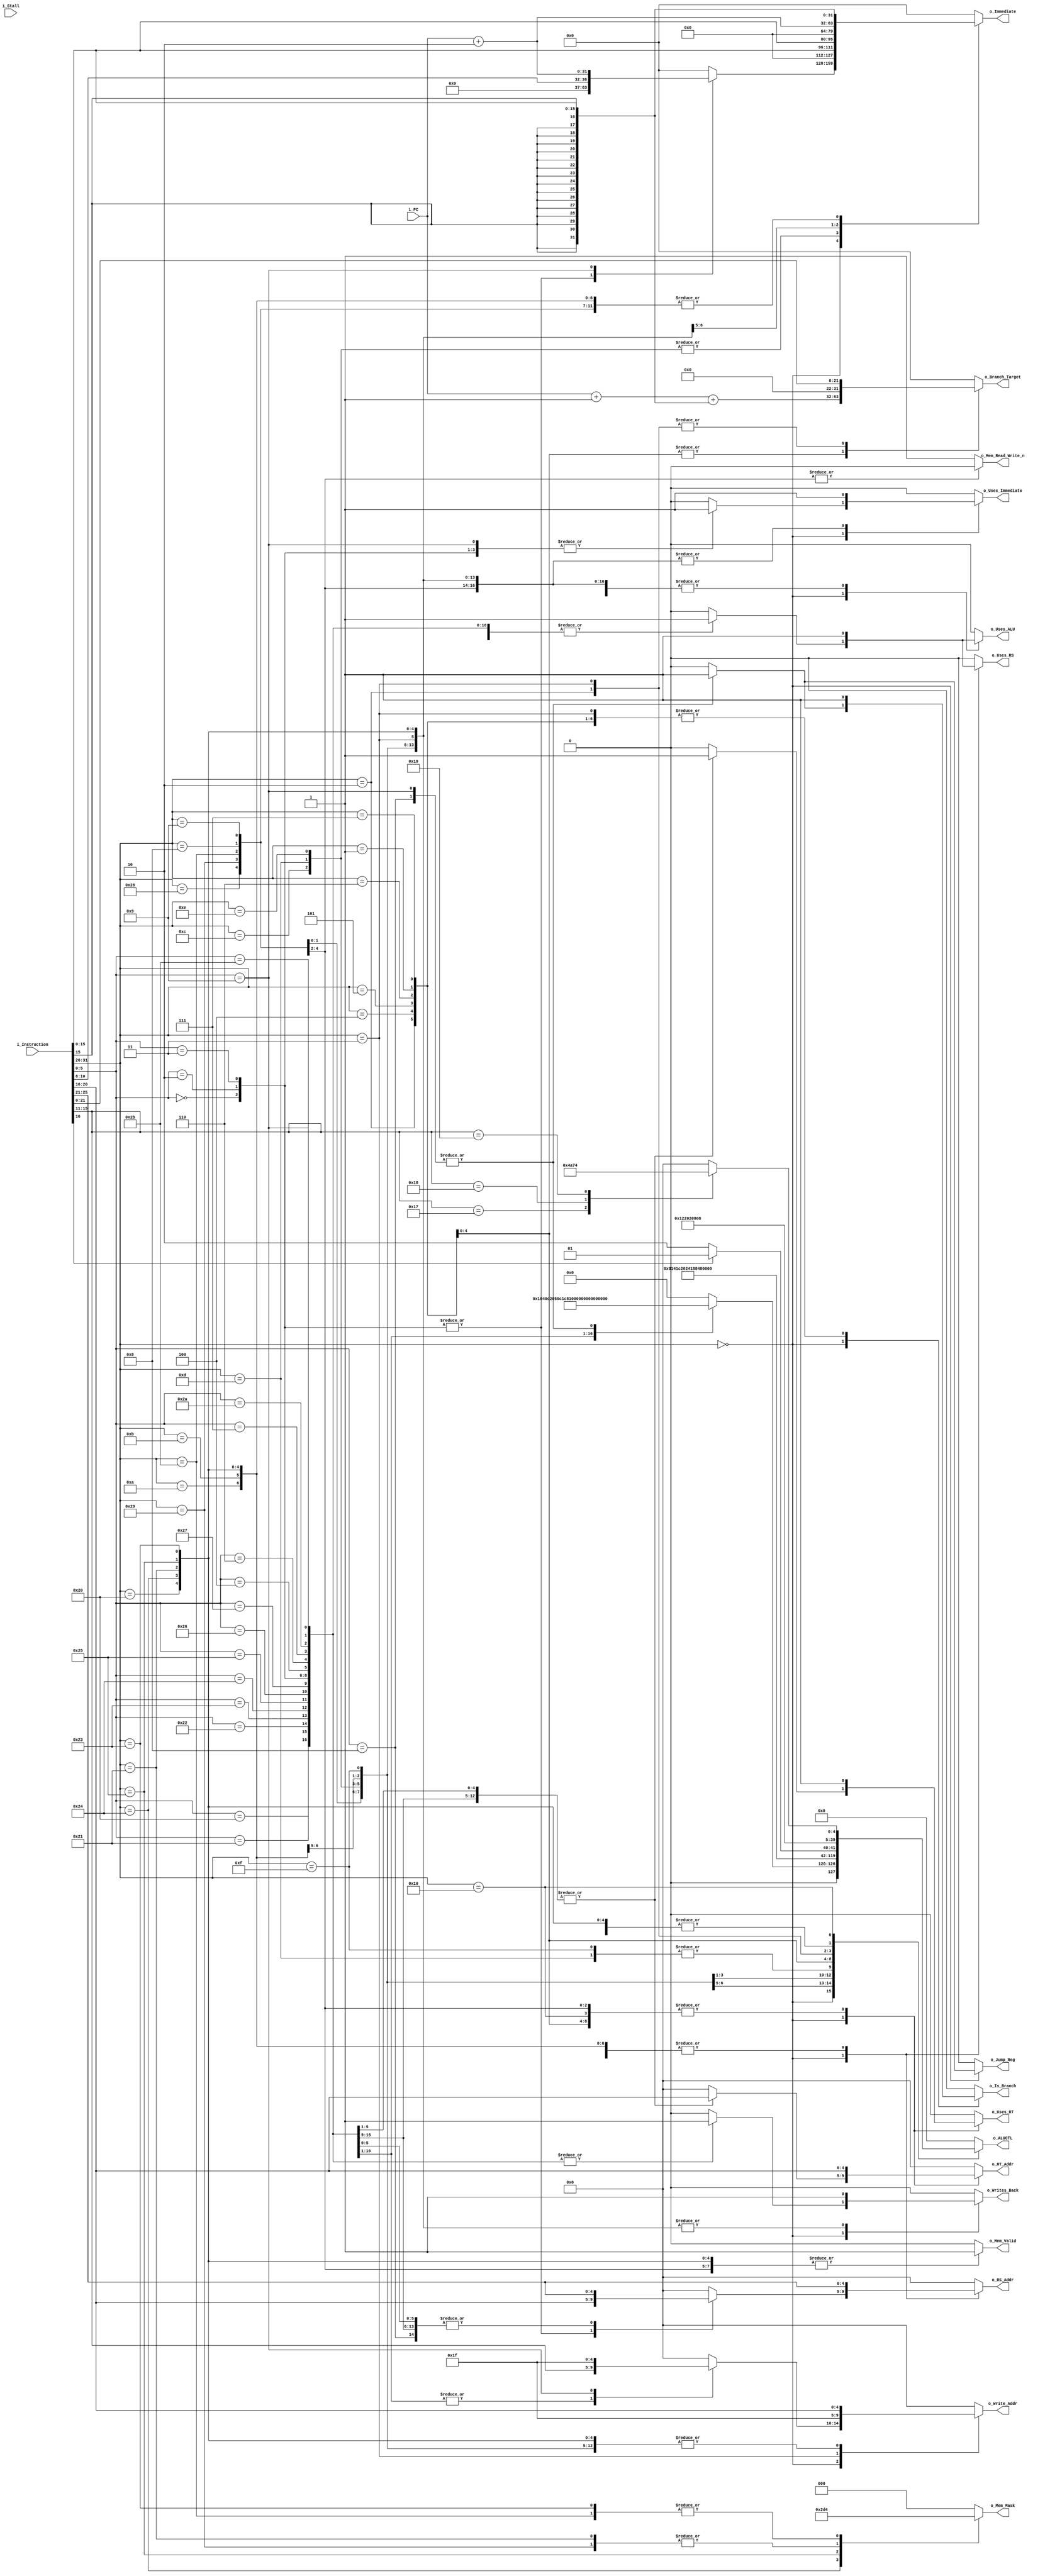
/* decoder.v
* Last Revision: 1/5/11
* Abstract:
*	Provides decoding of instructions to control signals.
*/
module decoder	#(
					parameter ADDRESS_WIDTH = 32,
					parameter DATA_WIDTH = 32,
					parameter REG_ADDRESS_WIDTH = 5,
					parameter ALUCTL_WIDTH = 8,
					parameter MEM_MASK_WIDTH = 3,
					parameter DEBUG = 0
				)
				(	// Inputs
					input [ADDRESS_WIDTH-1:0] i_PC,
					input [DATA_WIDTH-1:0] i_Instruction,
					input i_Stall,	// Not actually used for logic -- used in debugging statements
					
					// Outputs
						// Control signals
					output reg o_Uses_ALU,
					output reg [ALUCTL_WIDTH-1:0] o_ALUCTL,
					output reg o_Is_Branch,
					output reg [ADDRESS_WIDTH-1:0] o_Branch_Target,
					output reg o_Jump_Reg,
					
					output reg o_Mem_Valid,
					output reg [MEM_MASK_WIDTH-1:0] o_Mem_Mask,
					output reg o_Mem_Read_Write_n,
					
					output reg o_Uses_RS,
					output reg [REG_ADDRESS_WIDTH-1:0] o_RS_Addr,
					output reg o_Uses_RT,
					output reg [REG_ADDRESS_WIDTH-1:0] o_RT_Addr,
					
					output reg o_Uses_Immediate,
					output reg [DATA_WIDTH-1:0] o_Immediate,
					
					output reg o_Writes_Back,
					output reg [REG_ADDRESS_WIDTH-1:0] o_Write_Addr
				);
				
	// Constants
		// T/F
	localparam TRUE = 1'b1;
	localparam FALSE = 1'b0;
	
	localparam READ = 1'b1;
	localparam WRITE = 1'b0;
	
	localparam ALUCTL_NOP = 8'd0;				// No Operation (noop)
	localparam ALUCTL_ADD = 8'd1;					// Add (signed)
	localparam ALUCTL_ADDU = 8'd2;				// Add (unsigned)
	localparam ALUCTL_SUB = 8'd3;					// Subtract (signed)
	localparam ALUCTL_SUBU = 8'd4;				// Subtract (unsigned)
	localparam ALUCTL_AND = 8'd5;					// AND
	localparam ALUCTL_OR = 8'd6;				// OR
	localparam ALUCTL_XOR = 8'd7;					// XOR
	localparam ALUCTL_SLT = 8'd8;				// Set on Less Than
	localparam ALUCTL_SLTU = 8'd9;					// Set on Less Than (unsigned)
	localparam ALUCTL_SLL = 8'd10;				// Shift Left Logical
	localparam ALUCTL_SRL = 8'd11;					// Shift Right Logical
	localparam ALUCTL_SRA = 8'd12;				// Shift Right Arithmetic
	localparam ALUCTL_SLLV = 8'd13;				// Shift Left Logical Variable
	localparam ALUCTL_SRLV = 8'd14;			// Shift Right Logical Variable
	localparam ALUCTL_SRAV = 8'd15;				// Shift Right Arithmetic Variable
	localparam ALUCTL_NOR = 8'd16;				// NOR
	localparam ALUCTL_LUI = 8'd17;					// Load Upper Immediate
	localparam ALUCTL_MTCO_PASS = 8'd18;		// Move to Coprocessor (PASS)
	localparam ALUCTL_MTCO_FAIL = 8'd19;			// Move to Coprocessor (FAIL)
	localparam ALUCTL_MTCO_DONE = 8'd20;		// Move to Coprocessor (DONE)

	localparam ALUCTL_BA = 8'd32;			// Unconditional branch
	localparam ALUCTL_BEQ = 8'd33;
	localparam ALUCTL_BNE = 8'd34;
	localparam ALUCTL_BLEZ = 8'd35;
	localparam ALUCTL_BGTZ = 8'd36;
	localparam ALUCTL_BGEZ = 8'd37;
	localparam ALUCTL_BLTZ = 8'd38;
	
	localparam ALUCTL_J = 8'd64;
	localparam ALUCTL_JAL = 8'd65;
	localparam ALUCTL_JR = 8'd66;
	localparam ALUCTL_JALR = 8'd67;
	
		// Combinatorial logic - Obtain control signals
	always @(*)
	begin
		// Set defaults to avoid latch inference
		o_Uses_ALU <= FALSE;
		o_ALUCTL <= ALUCTL_NOP;
		o_Is_Branch <= FALSE;
		o_Branch_Target <= 0;
		o_Jump_Reg <= FALSE;
		o_Mem_Valid <= FALSE;
		o_Mem_Read_Write_n <= READ;
		o_Uses_RS <= FALSE;
		o_RS_Addr <= 0;
		o_Uses_RT <= FALSE;
		o_RT_Addr <= 0;
		o_Uses_Immediate <= FALSE;
		o_Immediate <= 0;
		o_Writes_Back <= FALSE;
		o_Write_Addr <= 0;
		o_Mem_Mask <= 0;
		
		case(i_Instruction[31:26])
		6'h0:  //r-type
		begin

			case (i_Instruction[5:0])
				6'h20: 
				begin
					o_Uses_ALU <= TRUE;
					o_Writes_Back <= TRUE;
					o_ALUCTL <= ALUCTL_ADD; 	// add
					o_Uses_RS <= TRUE;
					o_RS_Addr <= i_Instruction[25:21];
					o_Uses_RT <= TRUE;
					o_RT_Addr <= i_Instruction[20:16];
					o_Write_Addr <= i_Instruction[15:11];
				end
				
				6'h21: 
				begin
					o_Uses_ALU <= TRUE;
					o_Writes_Back <= TRUE;
					o_ALUCTL <= ALUCTL_ADDU;	// addu
					o_Uses_RS <= TRUE;
					o_RS_Addr <= i_Instruction[25:21];
					o_Uses_RT <= TRUE;
					o_RT_Addr <= i_Instruction[20:16];
					o_Write_Addr <= i_Instruction[15:11];
				end
				
				6'h22: 
				begin
					o_Uses_ALU <= TRUE;
					o_Writes_Back <= TRUE;				
					o_ALUCTL <= ALUCTL_SUB;	// sub
					o_Uses_RS <= TRUE;
					o_RS_Addr <= i_Instruction[25:21];
					o_Uses_RT <= TRUE;
					o_RT_Addr <= i_Instruction[20:16];
					o_Write_Addr <= i_Instruction[15:11];					
				end
				
				6'h23: 
				begin
					o_Uses_ALU <= TRUE;
					o_Writes_Back <= TRUE;				
					o_ALUCTL <= ALUCTL_SUBU;	// subu
					o_Uses_RS <= TRUE;
					o_RS_Addr <= i_Instruction[25:21];
					o_Uses_RT <= TRUE;
					o_RT_Addr <= i_Instruction[20:16];
					o_Write_Addr <= i_Instruction[15:11];					
				end
				
				6'h24: 
				begin
					o_Uses_ALU <= TRUE;
					o_Writes_Back <= TRUE;				
					o_ALUCTL <= ALUCTL_AND;	// and
					o_Uses_RS <= TRUE;
					o_RS_Addr <= i_Instruction[25:21];
					o_Uses_RT <= TRUE;
					o_RT_Addr <= i_Instruction[20:16];
					o_Write_Addr <= i_Instruction[15:11];
				end
				
				6'h25: 
				begin
					o_Uses_ALU <= TRUE;
					o_Writes_Back <= TRUE;				
					o_ALUCTL <= ALUCTL_OR;	// or
					o_Uses_RS <= TRUE;
					o_RS_Addr <= i_Instruction[25:21];
					o_Uses_RT <= TRUE;
					o_RT_Addr <= i_Instruction[20:16];
					o_Write_Addr <= i_Instruction[15:11];
				end
				
				6'h26: 
				begin
					o_Uses_ALU <= TRUE;
					o_Writes_Back <= TRUE;				
					o_ALUCTL <= ALUCTL_XOR;	// xor
					o_Uses_RS <= TRUE;
					o_RS_Addr <= i_Instruction[25:21];
					o_Uses_RT <= TRUE;
					o_RT_Addr <= i_Instruction[20:16];
					o_Write_Addr <= i_Instruction[15:11];
				end
				
				6'h27: 
				begin
					o_Uses_ALU <= TRUE;
					o_Writes_Back <= TRUE;				
					o_ALUCTL <= ALUCTL_NOR;	// nor
					o_Uses_RS <= TRUE;
					o_RS_Addr <= i_Instruction[25:21];
					o_Uses_RT <= TRUE;
					o_RT_Addr <= i_Instruction[20:16];
					o_Write_Addr <= i_Instruction[15:11];
				end
				
				6'h00: 
				begin
					o_Uses_ALU <= TRUE;
					o_Writes_Back <= TRUE;				
					o_ALUCTL <= ALUCTL_SLL;  // sll
					o_Uses_RS <= TRUE;
					o_RS_Addr <= i_Instruction[20:16];
					o_Write_Addr <= i_Instruction[15:11];
					o_Uses_Immediate <= TRUE;
					o_Immediate <= {{27{1'b0}},i_Instruction[10:6]};
				end
				
				6'h02: 
				begin
					o_Uses_ALU <= TRUE;
					o_Writes_Back <= TRUE;				
					o_ALUCTL <= ALUCTL_SRL;  // srl
					o_Uses_RS <= TRUE;
					o_RS_Addr <= i_Instruction[20:16];
					o_Write_Addr <= i_Instruction[15:11];
					o_Uses_Immediate <= TRUE;
					o_Immediate <= {{27{1'b0}},i_Instruction[10:6]};
				end
				
				6'h03: 
				begin
					o_Uses_ALU <= TRUE;
					o_Writes_Back <= TRUE;				
					o_ALUCTL <= ALUCTL_SRA;  // sra
					o_Uses_RS <= TRUE;
					o_RS_Addr <= i_Instruction[20:16];
					o_Write_Addr <= i_Instruction[15:11];
					o_Uses_Immediate <= TRUE;
					o_Immediate <= {{27{1'b0}},i_Instruction[10:6]};
				end
				
				6'h04: 
				begin
					o_Uses_ALU <= TRUE;
					o_Writes_Back <= TRUE;				
					o_ALUCTL <= ALUCTL_SLLV;  // sllv
					o_Uses_RS <= TRUE;
					o_RS_Addr <= i_Instruction[25:21];
					o_Uses_RT <= TRUE;
					o_RT_Addr <= i_Instruction[20:16];
					o_Write_Addr <= i_Instruction[15:11];					
				end
				
				6'h06: 
				begin
					o_Uses_ALU <= TRUE;
					o_Writes_Back <= TRUE;				
					o_ALUCTL <= ALUCTL_SRLV;  // srlv
					o_Uses_RS <= TRUE;
					o_RS_Addr <= i_Instruction[25:21];
					o_Uses_RT <= TRUE;
					o_RT_Addr <= i_Instruction[20:16];
					o_Write_Addr <= i_Instruction[15:11];					
				end
				
				6'h07: 
				begin
					o_Uses_ALU <= TRUE;
					o_Writes_Back <= TRUE;				
					o_ALUCTL <= ALUCTL_SRAV;  // srav
					o_Uses_RS <= TRUE;
					o_RS_Addr <= i_Instruction[25:21];
					o_Uses_RT <= TRUE;
					o_RT_Addr <= i_Instruction[20:16];
					o_Write_Addr <= i_Instruction[15:11];							
				end
				
				6'h2a: 
				begin
					o_Uses_ALU <= TRUE;
					o_Writes_Back <= TRUE;				
					o_ALUCTL <= ALUCTL_SLT;	// slt
					o_Uses_RS <= TRUE;
					o_RS_Addr <= i_Instruction[25:21];
					o_Uses_RT <= TRUE;
					o_RT_Addr <= i_Instruction[20:16];
					o_Write_Addr <= i_Instruction[15:11];							
				end
				
				6'h2b: 
				begin
					o_Uses_ALU <= TRUE;
					o_Writes_Back <= TRUE;				
					o_ALUCTL <= ALUCTL_SLTU;	// sltu
					o_Uses_RS <= TRUE;
					o_RS_Addr <= i_Instruction[25:21];
					o_Uses_RT <= TRUE;
					o_RT_Addr <= i_Instruction[20:16];
					o_Write_Addr <= i_Instruction[15:11];							
				end
				
				6'h08: 	// JR
				begin
					o_Is_Branch <= TRUE;
					o_Uses_ALU <= TRUE;
					o_ALUCTL <= ALUCTL_JR;
					o_Uses_RS <= TRUE;
					o_RS_Addr <= i_Instruction[25:21];
					o_Jump_Reg <= TRUE;
					if( !i_Stall && DEBUG )
						$display("%x: %x (Jump Register)",i_PC,i_Instruction);
				end
				
				6'h09: 
				begin  //jalr
					o_Is_Branch <= TRUE;
					o_Uses_ALU <= TRUE;
					o_ALUCTL <= ALUCTL_JR;
					o_Uses_RS <= TRUE;
					o_RS_Addr <= i_Instruction[25:21];
					o_Jump_Reg <= TRUE;
					o_Uses_Immediate <= TRUE;
					o_Immediate <= (i_PC + 2);
					o_Writes_Back <= TRUE;
					o_Write_Addr <= 31;			// Jump And Link always stores the PC into reg 31.
					if( !i_Stall && DEBUG )
						$display("%x: %x (Jump and Link Register)",i_PC,i_Instruction);
				end
					
				6'h18:  // mul
				begin
					if( !i_Stall && DEBUG )
						$display("Multiply is unsupported");
					//o_Uses_ALU <= TRUE;
					//o_Writes_Back <= TRUE;				
					//o_ALUCTL <= ALUCTL_NOP;	
				end
				
				6'h19:  //mulu
				begin
					if( !i_Stall && DEBUG )
						$display("Multiply Unsigned is unsupported");
					//o_Uses_ALU <= TRUE;
					//o_Writes_Back <= TRUE;				
					//o_ALUCTL <= ALUCTL_NOP;
				end
				
				6'h1a:  //div
				begin
					if( !i_Stall && DEBUG )
						$display("Divide is unsupported");
					//o_Uses_ALU <= TRUE;
					//o_Writes_Back <= TRUE;				
					//o_ALUCTL <= ALUCTL_NOP;
				end
				
				6'h1b:  //divu
				begin
					if( !i_Stall && DEBUG )
						$display("Divide Unsigned is unsupported");
					//o_Uses_ALU <= TRUE;
					//o_Writes_Back <= TRUE;				
					//o_ALUCTL <= ALUCTL_NOP;
				end
				
				default:
				begin
					if( !i_Stall && DEBUG )
						$display("illegal i_Instruction[5:0] code %b\n", i_Instruction[5:0]);
				end
			endcase
		end
		
		6'h08:  		//addi
		begin
			o_Uses_ALU <= TRUE;
			o_Writes_Back <= TRUE;				
			o_ALUCTL <= ALUCTL_ADD;
			o_Uses_RS <= TRUE;
			o_RS_Addr <= i_Instruction[25:21];
			o_Write_Addr <= i_Instruction[20:16];
			o_Uses_Immediate <= TRUE;			
			o_Immediate <= {{16{i_Instruction[15]}},i_Instruction[15:0]};
		end
		
		6'h09:  //addiu
		begin
			o_Uses_ALU <= TRUE;
			o_Writes_Back <= TRUE;				
			o_ALUCTL <= ALUCTL_ADDU;
			o_Uses_RS <= TRUE;
			o_RS_Addr <= i_Instruction[25:21];
			o_Write_Addr <= i_Instruction[20:16];
			o_Uses_Immediate <= TRUE;			
			o_Immediate <= {{16{i_Instruction[15]}},i_Instruction[15:0]};
		end	
		
		6'h0c:  //andi
		begin
			o_Uses_ALU <= TRUE;
			o_Writes_Back <= TRUE;				
			o_ALUCTL <= ALUCTL_AND;
			o_Uses_RS <= TRUE;
			o_RS_Addr <= i_Instruction[25:21];
			o_Write_Addr <= i_Instruction[20:16];
			o_Uses_Immediate <= TRUE;
			o_Immediate <= {{16{1'b0}},i_Instruction[15:0]};
		end							
	
		6'h0d:  //ori
		begin
			o_Uses_ALU <= TRUE;
			o_Writes_Back <= TRUE;				
			o_ALUCTL <= ALUCTL_OR;
			o_Uses_RS <= TRUE;
			o_RS_Addr <= i_Instruction[25:21];
			o_Write_Addr <= i_Instruction[20:16];
			o_Uses_Immediate <= TRUE;
			o_Immediate <= {{16{1'b0}},i_Instruction[15:0]};
		end			
		
		6'h0e:  //xori
		begin
			o_Uses_ALU <= TRUE;
			o_Writes_Back <= TRUE;				
			o_ALUCTL <= ALUCTL_XOR;
			o_Uses_RS <= TRUE;
			o_RS_Addr <= i_Instruction[25:21];
			o_Write_Addr <= i_Instruction[20:16];
			o_Uses_Immediate <= TRUE;
			o_Immediate <= {{16{1'b0}},i_Instruction[15:0]};
		end			

		6'h0a:  //slti
		begin
			o_Uses_ALU <= TRUE;
			o_Writes_Back <= TRUE;				
			o_ALUCTL <= ALUCTL_SLT;
			o_Uses_RS <= TRUE;
			o_RS_Addr <= i_Instruction[25:21];
			o_Write_Addr <= i_Instruction[20:16];
			o_Uses_Immediate <= TRUE;
			o_Immediate <= {{16{i_Instruction[15]}},i_Instruction[15:0]};
		end			

		6'h0b:  //sltiu
		begin
			o_Uses_ALU <= TRUE;
			o_Writes_Back <= TRUE;				
			o_ALUCTL <= ALUCTL_SLTU;
			o_Uses_RS <= TRUE;
			o_RS_Addr <= i_Instruction[25:21];
			o_Write_Addr <= i_Instruction[20:16];
			o_Uses_Immediate <= TRUE;
			o_Immediate <= {{16{i_Instruction[15]}},i_Instruction[15:0]};
		end	

		6'h0f:  //lui
		begin
			o_Uses_ALU <= TRUE;
			o_Writes_Back <= TRUE;				
			o_ALUCTL <= ALUCTL_OR;					// Implemented as A = 0 | Immediate
			o_RS_Addr <= 0;
			o_Write_Addr <= i_Instruction[20:16];
			o_Uses_Immediate <= TRUE;
			o_Immediate <= {i_Instruction[15:0],{16{1'b0}}};
		end			
		
		6'h04:  //beq
		begin
			o_Is_Branch <= TRUE;
			o_Uses_ALU <= TRUE;
			o_Uses_RS <= TRUE;
			o_RS_Addr <= i_Instruction[25:21];
			o_Uses_RT <= TRUE;
			o_RT_Addr <= i_Instruction[20:16];
			o_ALUCTL <= ALUCTL_BEQ;
			o_Branch_Target <= i_PC + 22'd1 + {{(ADDRESS_WIDTH-16){i_Instruction[15]}},i_Instruction[15:0]};
			if( !i_Stall && DEBUG )
				$display("%x: %x (Branch on Equal)",i_PC,i_Instruction);
		end

		6'h05:  //bne
		begin
			o_Is_Branch <= TRUE;
			o_Uses_ALU <= TRUE;
			o_Uses_RS <= TRUE;
			o_RS_Addr <= i_Instruction[25:21];
			o_Uses_RT <= TRUE;
			o_RT_Addr <= i_Instruction[20:16];			
			o_ALUCTL <= ALUCTL_BNE;
			o_Branch_Target <= i_PC + 22'd1 + {{(ADDRESS_WIDTH-16){i_Instruction[15]}},i_Instruction[15:0]};
			if( !i_Stall && DEBUG )
				$display("%x: %x (Branch on Not Equal)",i_PC,i_Instruction);
		end

		6'h06:  //blez
		begin
			o_Is_Branch <= TRUE;
			o_Uses_ALU <= TRUE;
			o_Uses_RS <= TRUE;
			o_RS_Addr <= i_Instruction[25:21];
			o_Uses_RT <= TRUE;
			o_RT_Addr <= i_Instruction[20:16];			
			o_ALUCTL <= ALUCTL_BLEZ;
			o_Branch_Target <= i_PC + 22'd1 + {{(ADDRESS_WIDTH-16){i_Instruction[15]}},i_Instruction[15:0]};
			if( !i_Stall && DEBUG )
				$display("%x: %x (Branch on Less or Equal)",i_PC,i_Instruction);
		end

		6'h01:  //bgez or bltz
		begin
			o_Is_Branch <= TRUE;
			o_Uses_ALU <= TRUE;
			o_Uses_RS <= TRUE;
			o_RS_Addr <= i_Instruction[25:21];
			o_Uses_RT <= TRUE;
			o_RT_Addr <= i_Instruction[20:16];			
			if( i_Instruction[16] )
			begin
				o_ALUCTL <= ALUCTL_BGEZ;
				if( !i_Stall && DEBUG )
					$display("%x: %x (Branch on Greater or Equal)",i_PC,i_Instruction);
			end
			else
			begin
				o_ALUCTL <= ALUCTL_BLTZ;
				if( !i_Stall && DEBUG )
					$display("%x: %x (Branch on Less or Equal)",i_PC,i_Instruction);
			end
			//o_ALUCTL <= i_Instruction[16]? ALUCTL_BGEZ: ALUCTL_BLTZ;  // 1 <=> bgez : 0 <=> bltz	
			o_Branch_Target <= i_PC + 22'd1 + {{(ADDRESS_WIDTH-16){i_Instruction[15]}},i_Instruction[15:0]};		
		end
		
		6'h07:  //bgtz
		begin
			o_Is_Branch <= TRUE;
			o_Uses_ALU <= TRUE;
			o_Uses_RS <= TRUE;
			o_RS_Addr <= i_Instruction[25:21];
			o_Uses_RT <= TRUE;
			o_RT_Addr <= i_Instruction[20:16];			
			o_ALUCTL <= ALUCTL_BGTZ;
			o_Branch_Target <= i_PC + 22'd1 + {{(ADDRESS_WIDTH-16){i_Instruction[15]}},i_Instruction[15:0]};
			if( !i_Stall && DEBUG )
				$display("%x: %x (Branch on Greater)",i_PC,i_Instruction);
		end				

		6'h02:  // j
		begin
			o_Is_Branch <= TRUE;
			o_Uses_ALU <= TRUE;
			o_ALUCTL <= ALUCTL_J;
			//o_Branch_Target <= {i_PC[31:26],i_Instruction[25:0]};
			o_Branch_Target <= i_Instruction[21:0];
			if( !i_Stall && DEBUG )
				$display("%x: %x (Jump)",i_PC,i_Instruction);
		end

		6'h03:  // jal
		begin
			o_Is_Branch <= TRUE;
			o_Uses_ALU <= TRUE;
			o_ALUCTL <= ALUCTL_JAL;
			//o_Branch_Target <= {i_PC[31:26],i_Instruction[25:0]};
			o_Branch_Target <= i_Instruction[21:0];
			o_Uses_Immediate <= TRUE;
			o_Immediate <= (i_PC + 2);
			o_Writes_Back <= TRUE;
			o_Write_Addr <= 31;			// Jump And Link always stores the PC into reg 31.
			if( !i_Stall && DEBUG )
				$display("%x: %x (Jump and Link)",i_PC,i_Instruction);
		end
		
		6'h20: //lb
		begin
			o_Uses_ALU <= TRUE;
			o_ALUCTL <= ALUCTL_ADD;
			o_Mem_Valid <= TRUE;
			o_Mem_Read_Write_n <= READ;
			o_Uses_RS <= TRUE;
			o_RS_Addr <= i_Instruction[25:21];
			o_Uses_Immediate <= TRUE;
			o_Immediate <= {{16{i_Instruction[15]}},i_Instruction[15:0]};
			o_Writes_Back <= TRUE;
			o_Write_Addr <= i_Instruction[20:16];
			o_Mem_Mask <= 0;
		end
		
		6'h24: //lbu
		begin
			o_Uses_ALU <= TRUE;
			o_ALUCTL <= ALUCTL_ADD;
			o_Mem_Valid <= TRUE;
			o_Mem_Read_Write_n <= READ;
			o_Uses_RS <= TRUE;
			o_RS_Addr <= i_Instruction[25:21];
			o_Uses_Immediate <= TRUE;
			o_Immediate <= {{16{i_Instruction[15]}},i_Instruction[15:0]};
			o_Writes_Back <= TRUE;
			o_Write_Addr <= i_Instruction[20:16];
			o_Mem_Mask <= 1;
		end

		6'h21: //lh
		begin
			o_Uses_ALU <= TRUE;
			o_ALUCTL <= ALUCTL_ADD;
			o_Mem_Valid <= TRUE;
			o_Mem_Read_Write_n <= READ;
			o_Uses_Immediate <= TRUE;
			o_Uses_RS <= TRUE;
			o_RS_Addr <= i_Instruction[25:21];
			o_Immediate <= {{16{i_Instruction[15]}},i_Instruction[15:0]};
			o_Writes_Back <= TRUE;
			o_Write_Addr <= i_Instruction[20:16];
			o_Mem_Mask <= 2;
		end

		6'h25: //lhu
		begin
			o_Uses_ALU <= TRUE;
			o_ALUCTL <= ALUCTL_ADD;
			o_Mem_Valid <= TRUE;
			o_Mem_Read_Write_n <= READ;
			o_Uses_Immediate <= TRUE;
			o_Uses_RS <= TRUE;
			o_RS_Addr <= i_Instruction[25:21];
			o_Uses_Immediate <= TRUE;
			o_Immediate <= {{16{i_Instruction[15]}},i_Instruction[15:0]};
			o_Writes_Back <= TRUE;
			o_Write_Addr <= i_Instruction[20:16];
			o_Mem_Mask <= 3;
		end
	
		6'h23: //lw
		begin
			o_Uses_ALU <= TRUE;
			o_ALUCTL <= ALUCTL_ADD;
			o_Mem_Valid <= TRUE;
			o_Mem_Read_Write_n <= READ;
			o_Uses_Immediate <= TRUE;
			o_Uses_RS <= TRUE;
			o_RS_Addr <= i_Instruction[25:21];
			o_Uses_Immediate <= TRUE;
			o_Immediate <= {{16{i_Instruction[15]}},i_Instruction[15:0]};
			o_Writes_Back <= TRUE;
			o_Write_Addr <= i_Instruction[20:16];
			o_Mem_Mask <= 4;
		end

		6'h28:  //sb
		begin
			o_Uses_ALU <= TRUE;
			o_ALUCTL <= ALUCTL_ADD;
			o_Mem_Valid <= TRUE;
			o_Mem_Read_Write_n <= WRITE;
			o_Uses_Immediate <= TRUE;
			o_Uses_RS <= TRUE;
			o_RS_Addr <= i_Instruction[25:21];
			o_Uses_RT <= TRUE;
			o_RT_Addr <= i_Instruction[20:16];
			o_Uses_Immediate <= TRUE;
			o_Immediate <= {{16{i_Instruction[15]}},i_Instruction[15:0]};
			o_Mem_Mask <= 0;
		end

		6'h29:  //sh
		begin
			o_Uses_ALU <= TRUE;
			o_ALUCTL <= ALUCTL_ADD;
			o_Mem_Valid <= TRUE;
			o_Mem_Read_Write_n <= WRITE;
			o_Uses_Immediate <= TRUE;
			o_Uses_RS <= TRUE;
			o_RS_Addr <= i_Instruction[25:21];
			o_Uses_RT <= TRUE;
			o_RT_Addr <= i_Instruction[20:16];
			o_Uses_Immediate <= TRUE;
			o_Immediate <= {{16{i_Instruction[15]}},i_Instruction[15:0]};
			o_Mem_Mask <= 2;
		end

		6'h2b:  //sw
		begin
			o_Uses_ALU <= TRUE;
			o_ALUCTL <= ALUCTL_ADD;
			o_Mem_Valid <= TRUE;
			o_Mem_Read_Write_n <= WRITE;
			o_Uses_Immediate <= TRUE;
			o_Uses_RS <= TRUE;
			o_RS_Addr <= i_Instruction[25:21];
			o_Uses_RT <= TRUE;
			o_RT_Addr <= i_Instruction[20:16];
			o_Uses_Immediate <= TRUE;
			o_Immediate <= {{16{i_Instruction[15]}},i_Instruction[15:0]};
			o_Mem_Mask <= 4;
		end

		6'h10:  //mtc0
		begin
			
			o_Uses_ALU <= TRUE;
			o_Uses_RT <= TRUE;
			o_RT_Addr <= i_Instruction[20:16];
			casex(i_Instruction[15:11])
				5'h17:	
				begin
					o_ALUCTL <= ALUCTL_MTCO_PASS;
					if( !i_Stall && DEBUG )
						$display("%x: %x (MTC0 Pass)",i_PC,i_Instruction);
				end
				
				5'h18:	
				begin
					o_ALUCTL <= ALUCTL_MTCO_FAIL;
					if( !i_Stall && DEBUG )
						$display("%x: %x (MTC0 Fail)",i_PC,i_Instruction);
				end
				
				5'h19:	
				begin
					o_ALUCTL <= ALUCTL_MTCO_DONE;
					if( !i_Stall && DEBUG )
						$display("%x: %x (MTC0 Done)",i_PC,i_Instruction);
				end
				
				default:
				begin
					o_ALUCTL <= ALUCTL_NOP;
					$display("%t Invalid MTC0 value %X",$realtime, i_Instruction[15:11]);
				end
			endcase
		end

		default:
		begin
			// synthesis translate_off
			if( !i_Stall && DEBUG )
				$display("illegal i_Instruction[31:26] %b\n", i_Instruction[31:26]);
			// synthesis translate_on
		end
	endcase
end				

endmodule